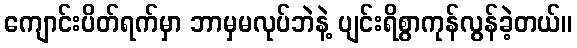
ကျောင်းပိတ်ရက်မှာ ဘာမှမလုပ်ဘဲနဲ့ ပျင်းရိစွာကုန်လွန်ခဲ့တယ်။